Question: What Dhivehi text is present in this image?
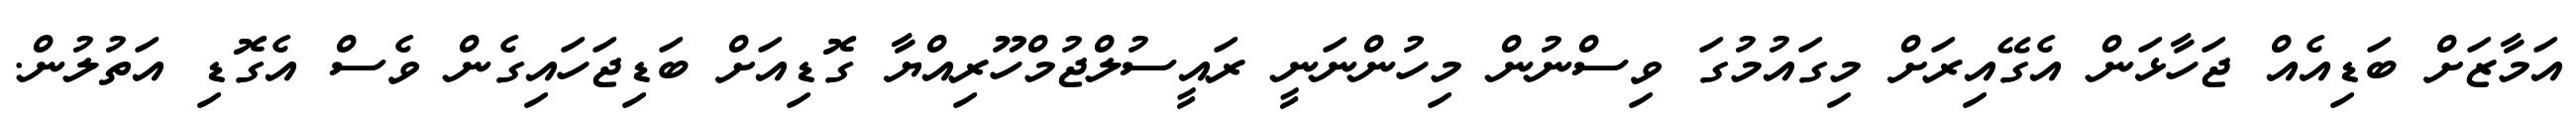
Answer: އަމާޒަށް ބަޑިއެއް ޖަހާޅަން އެގޭއިރަށް މިގައުމުގަ ވިސްނުން މިހުންނަނީ ރައީސުލްޖުމްހޫރިއްޔާ ގޮޑިއަށް ބަޑިޖަހައިގެން ވެސް އެގޮޑި އަތުލުން.